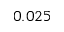
0 . 0 2 5